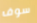
سوف